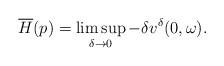
LaTeX: \begin{align*}\overline{H}(p)=\limsup_{\delta\rightarrow 0}-\delta v^\delta(0,\omega).\end{align*}